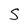
Character: S